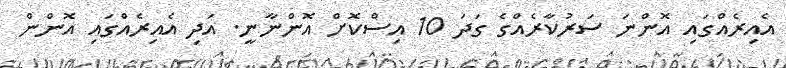
އެއިރެއްގައި އޮންނަ ސަރުކާރެއްގެ ގަދަ 10 އިސްކޮށް އޮންނާނީ. އަދި އެއިރެއްގައި އޮންން